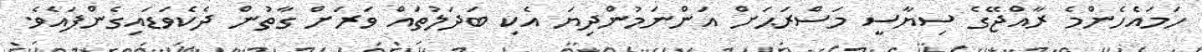
ހަމައެހެންމެ ރާއްޖޭގެ ސިޔާސީ މަސްރަޙަށް އަންނަމުންދިޔަ އެކި ބަދަލުތައް ވަރަށް ގާތުން ދެކެވަޑައިގެންފައެވެ.